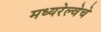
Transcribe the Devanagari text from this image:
मध्यरेल्वेचे